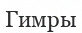
Гимры